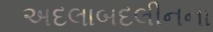
અદલાબદલીનના